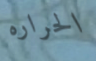
الحراره